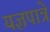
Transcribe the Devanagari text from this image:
यज्ञपात्रे